Senior Leaving Certificate Examination (including Day School Certificate (Higher) General paper), 1949
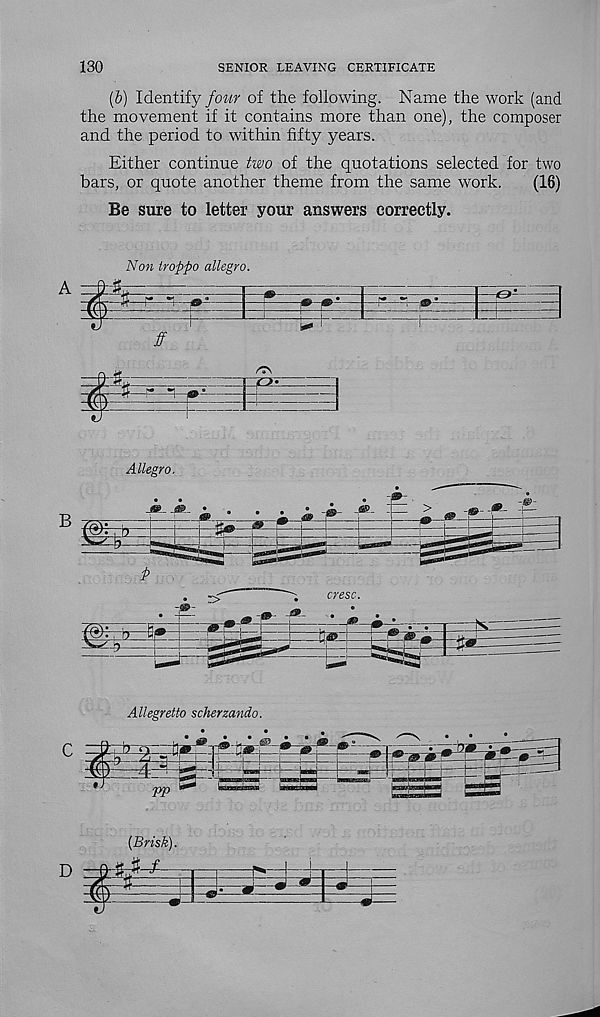
130
SENIOR LEAVING CERTIFICATE
(&) Identify four of the following. Name the work (and
the movement if it contains more than one), the composer
and the period to within fifty years.
Either continue two of the quotations selected for two
bars, or quote another theme from the same work.
(16)
Be sure to letter your answers correctly.
A —9-f
Non troppo allegro.
-tG>-
ff
?7\
Allegro.
Allegretto scherzando.